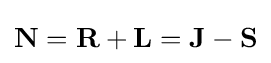
\mathbf {N} =\mathbf {R} +\mathbf {L} =\mathbf {J} -\mathbf {S}